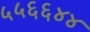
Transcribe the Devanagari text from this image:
५५६६४४